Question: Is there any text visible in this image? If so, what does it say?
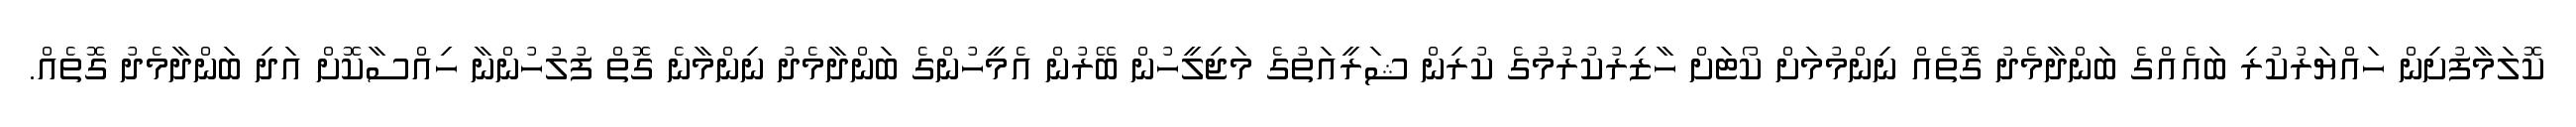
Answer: ކޮލަމާފުށިން ހައްޔަރުކުރި ބައެއްގެ ބަންދާމެދު ގޮތެއް ނިންމުމަށް ކޯޓަށް ހާޒިރުކުރުމުގެ ކުރިން ޝަރީއަތުގެ މަޖިލީހުން ބޭރުން އެމީހުންގެ ބަންދާމެދު ނިންމާނެ ގޮތް ފުލުހުންނާ ހިއްސާކޮށް އަދި ބަންދާމެދު ގޮތެއް.